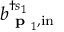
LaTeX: b _ { { \textbf { p } } _ { 1 } , \mathrm { i n } } ^ { \dagger s _ { 1 } }